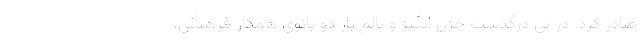
صادر کرد. در پی درگذشت حزن انگیز و تالم بار دو بانوی همکار فرهنگی،